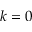
k = 0